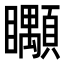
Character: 𥍎